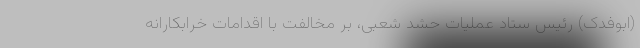
(ابوفدک) رئیس ستاد عملیات حشد شعبی، بر مخالفت با اقدامات خرابکارانه